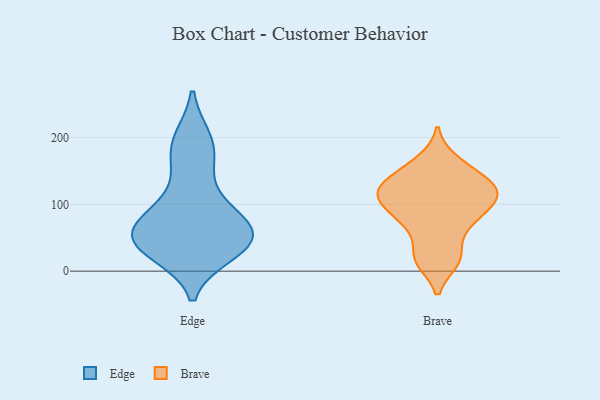
{"axis": {"x": "Active Users", "y": "Value"}, "legend": ["Brave", "Edge"], "data": [{"x": "", "y": 49, "type": "Edge"}, {"x": "", "y": 28, "type": "Edge"}, {"x": "", "y": 196, "type": "Edge"}, {"x": "", "y": 174, "type": "Edge"}, {"x": "", "y": 32, "type": "Edge"}, {"x": "", "y": 76, "type": "Edge"}, {"x": "", "y": 36, "type": "Edge"}, {"x": "", "y": 93, "type": "Edge"}, {"x": "", "y": 64, "type": "Edge"}, {"x": "", "y": 150, "type": "Edge"}, {"x": "", "y": 99, "type": "Edge"}, {"x": "", "y": 44, "type": "Edge"}, {"x": "", "y": 197, "type": "Edge"}, {"x": "", "y": 45, "type": "Edge"}, {"x": "", "y": 53, "type": "Edge"}, {"x": "", "y": 64, "type": "Edge"}, {"x": "", "y": 136, "type": "Brave"}, {"x": "", "y": 154, "type": "Brave"}, {"x": "", "y": 103, "type": "Brave"}, {"x": "", "y": 74, "type": "Brave"}, {"x": "", "y": 165, "type": "Brave"}, {"x": "", "y": 123, "type": "Brave"}, {"x": "", "y": 109, "type": "Brave"}, {"x": "", "y": 107, "type": "Brave"}, {"x": "", "y": 16, "type": "Brave"}, {"x": "", "y": 109, "type": "Brave"}, {"x": "", "y": 129, "type": "Brave"}, {"x": "", "y": 71, "type": "Brave"}, {"x": "", "y": 128, "type": "Brave"}, {"x": "", "y": 16, "type": "Brave"}, {"x": "", "y": 77, "type": "Brave"}, {"x": "", "y": 26, "type": "Brave"}]}